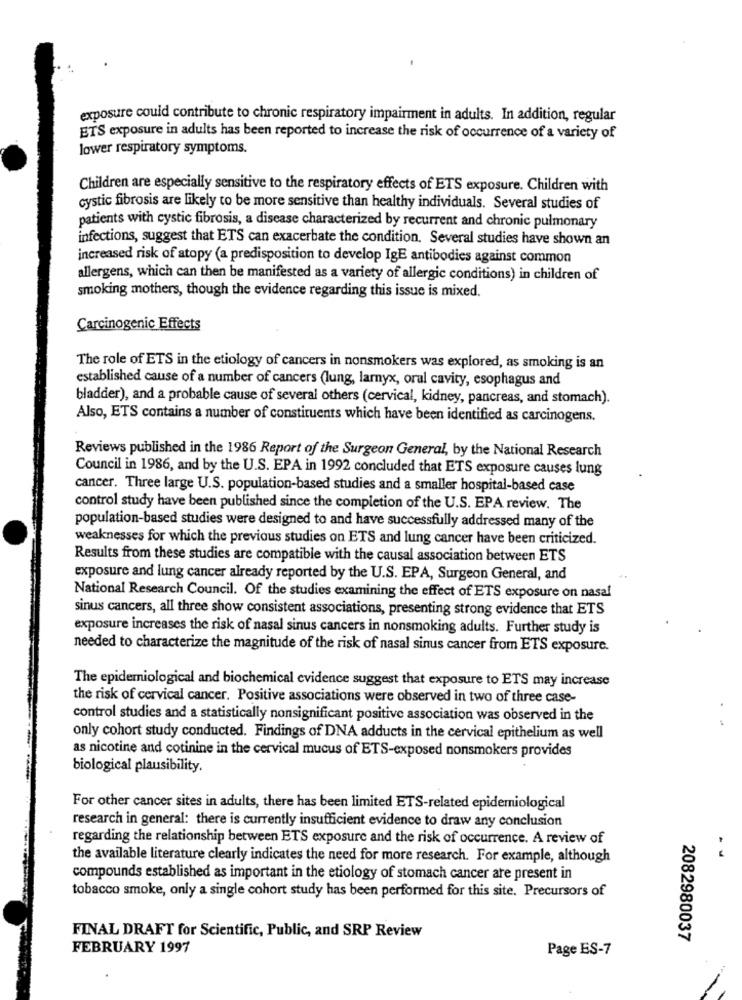
exposure could contribute to chronic respiratory impairment in adults. In addition, regular
ETS exposure in adults has been reported to increase the risk of occurrence of a variety of
lower respiratory symptoms.
Children are especially sensitive to the respiratory effects of ETS exposure. Children with
cystic fibrosis are likely to be more sensitive than healthy individuals. Several studies of
patients with cystic fibrosis, a disease characterized by recurrent and chronic pulmonary
infections, suggest that ETS can exacerbate the condition. Several studies have shown an
increased risk of atopy (a predisposition to develop IgE antibodies against common
allergens, which can then be manifested as a variety of allergic conditions) in children of
smoking mothers, though the evidence regarding this issue is mixed.
Carcinogenic Effects
The role of ETS in the etiology of cancers in nonsmokers was explored, as smoking is an
established cause of a number of cancers (lung, larnyx, oral cavity, esophagus and
bladder), and a probable cause of several others (cervical, kidney, pancreas, and stomach).
Also, ETS contains a number of constituents which have been identified as carcinogens.
Reviews published in the 1986 Report of the Surgeon General, by the National Research
Council in 1986, and by the U.S. EPA in 1992 concluded that ETS exposure causes lung
cancer. Three large U.S. population-based studies and a smaller hospital-based case
control study have been published since the completion of the U.S. EPA review. The
population-based studies were designed to and have successfully addressed many of the
weaknesses for which the previous studies on ETS and lung cancer have been criticized.
Results from these studies are compatible with the causal association between ETS
exposure and lung cancer already reported by the U.S. EPA, Surgeon General, and
National Research Council. Of the studies examining the effect of ETS exposure on nasal
sinus cancers, all three show consistent associations, presenting strong evidence that ETS
exposure increases the risk of nasal sinus cancers in nonsmoking adults. Further study is
needed to characterize the magnitude of the risk of nasal sinus cancer from ETS exposure.
The epidemiological and biochemical evidence suggest that exposure to ETS may increase
the risk of cervical cancer. Positive associations were observed in two of three case-
control studies and a statistically nonsignificant positive association was observed in the
only cohort study conducted. Findings of DNA adducts in the cervical epithelium as well
as nicotine and cotinine in the cervical mucus of ETS-exposed nonsmokers provides
biological plausibility.
For other cancer sites in adults, there has been limited ETS-related epidemiological
research in general: there is currently insufficient evidence to draw any conclusion
regarding the relationship between ETS exposure and the risk of occurrence. A review of
the available literature clearly indicates the need for more research. For example, although
compounds established as important in the etiology of stomach cancer are present in
tobacco smoke, only a single cohort study has been performed for this site. Precursors of
FINAL DRAFT for Scientific, Public, and SRP Review
2082980037
FEBRUARY 1997
Page ES-7